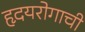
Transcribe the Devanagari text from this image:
हृदयरोगाची